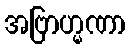
အဗြာဟ္မဏာ